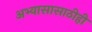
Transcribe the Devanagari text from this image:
अभ्यासासाठीही